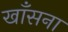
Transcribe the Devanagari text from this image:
खाँसना